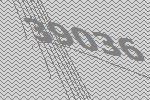
39036